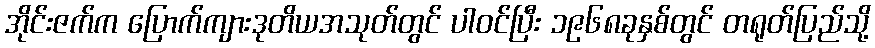
အိုင်းဇက်က ပြောက်ကျားဒုတိယအသုတ်တွင် ပါဝင်ပြီး ၁၉၆၈ခုနှစ်တွင် တရုတ်ပြည်သို့